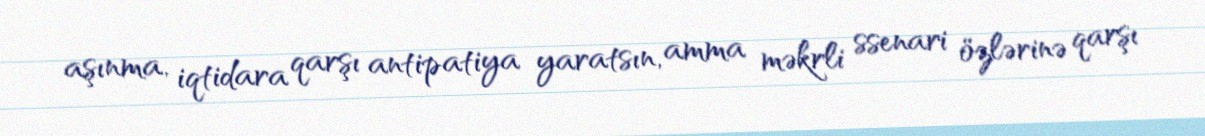
aşınma, iqtidara qarşı antipatiya yaratsın, amma məkrli ssenari özlərinə qarşı